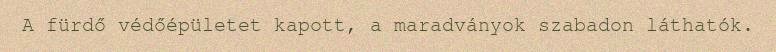
A fürdő védőépületet kapott, a maradványok szabadon láthatók.